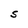
Character: S